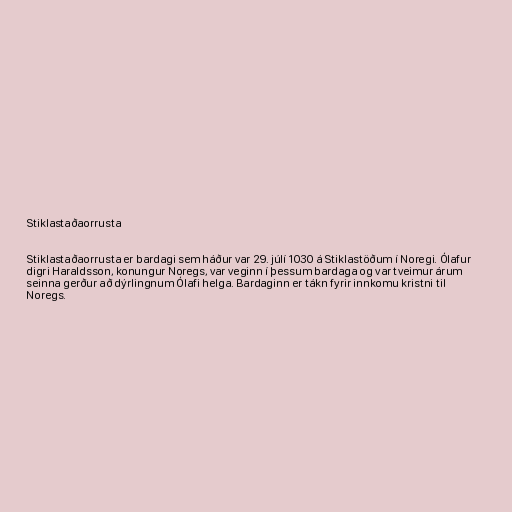
Stiklastaðaorrusta

Stiklastaðaorrusta er bardagi sem háður var 29. júlí 1030 á Stiklastöðum í Noregi. Ólafur
digri Haraldsson, konungur Noregs, var veginn í þessum bardaga og var tveimur árum
seinna gerður að dýrlingnum Ólafi helga. Bardaginn er tákn fyrir innkomu kristni til
Noregs.